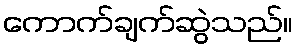
ကောက်ချက်ဆွဲသည်။